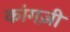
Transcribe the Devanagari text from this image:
कांगज़ी